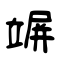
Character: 竮